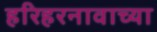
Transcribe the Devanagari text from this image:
हरिहरनावाच्या